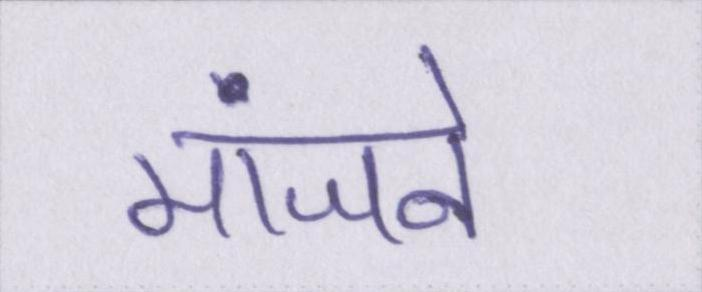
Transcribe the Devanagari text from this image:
मांजने